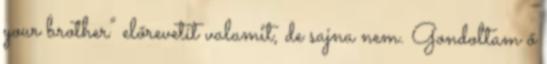
your brother” előrevetít valamit, de sajna nem. Gondoltam ő